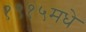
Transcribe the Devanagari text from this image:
१९१५मधे